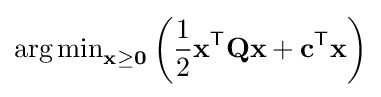
\operatorname {arg\,min} \limits _{\mathbf {x\geq 0} }\left({\frac {1}{2}}\mathbf {x} ^{\mathsf {T}}\mathbf {Q} \mathbf {x} +\mathbf {c} ^{\mathsf {T}}\mathbf {x} \right)